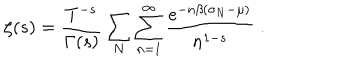
\zeta ( s ) = \frac { T ^ { - s } } { \Gamma ( s ) } \sum _ { N } \sum _ { n = 1 } ^ { \infty } \frac { e ^ { - n \beta ( \sigma _ { N } - \mu ) } } { n ^ { 1 - s } } \; .